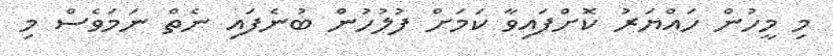
މި މީހުން ހައްްޔަރު ކޮށްފައިވާ ކަމަށް ފުލުހުން ބުނެފައި ނެތް ނަމަވެސް މި